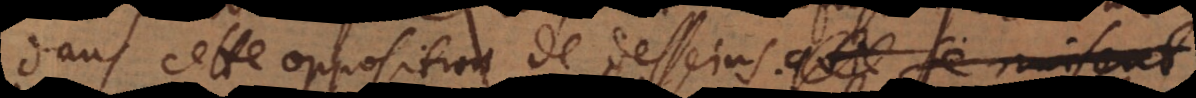
dans cette opposition de desseins. Nous marchons